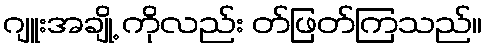
ဂျူးအချို့ ကိုလည်း တ်ဖြတ်ကြသည်။